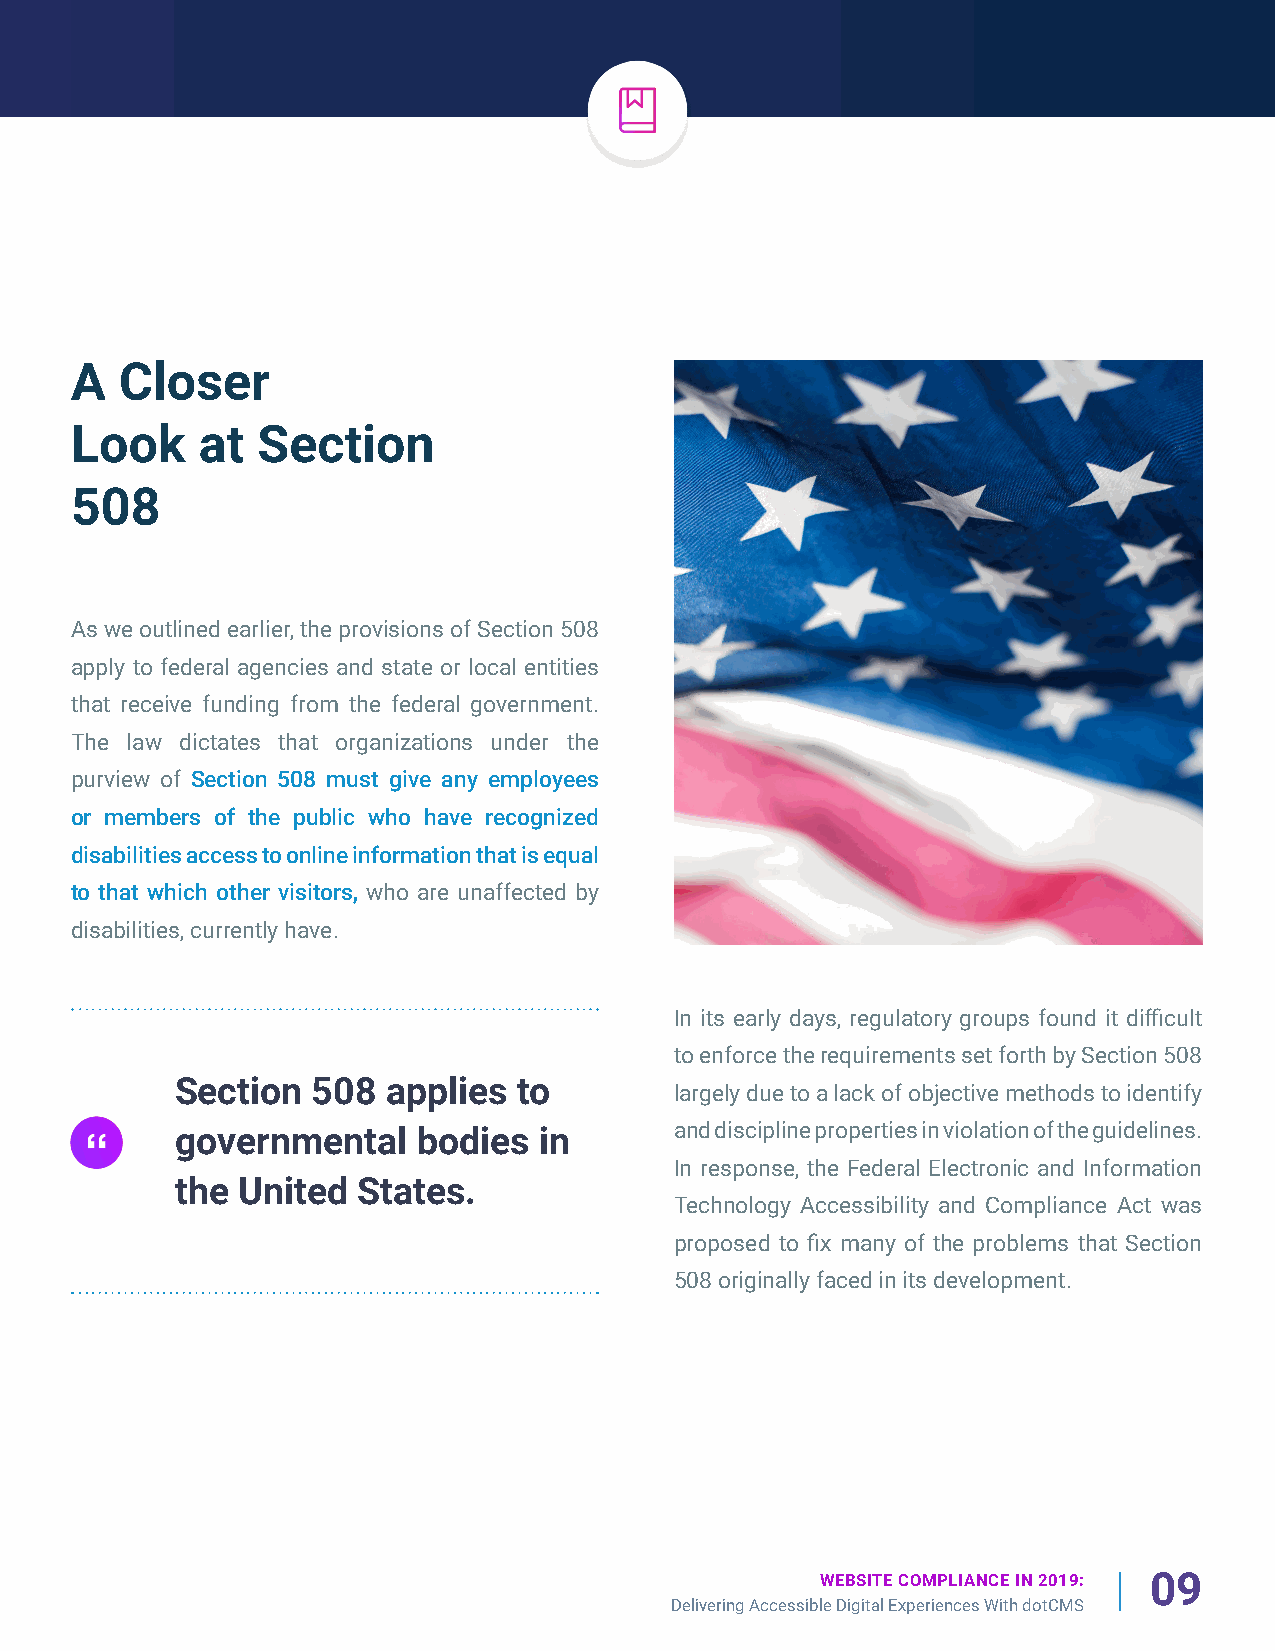
A  Closer
 Look    at  Section
 508
 As we outlined earlier, the provisions of Section 508
 apply to federal agencies and state or local entities
 that receive funding from the federal government.
 The law dictates that organizations under the
 purview of Section 508 must give any employees
 or members of the public who have recognized
 disabilities access to online information that is equal
 to that which other visitors, who are unaffected by
 disabilities, currently have.
 In its early days, regulatory groups found it difficult
 to enforce the requirements set forth by Section 508
 Section  508  applies to
 largely due to a lack of objective methods to identify
 governmental    bodies  in       and discipline properties in violation of the guidelines.
 In response, the Federal Electronic and Information
 the United  States.
 Technology Accessibility and Compliance Act was
 proposed to fix many of the problems that Section
 508 originally faced in its development.
 WEBSITE COMPLIANCE IN 2019: 09
 Delivering Accessible Digital Experiences With dotCMS